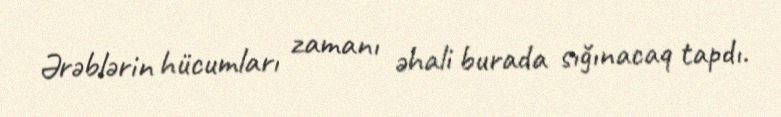
Ərəblərin hücumları zamanı əhali burada sığınacaq tapdı.